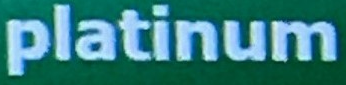
platinum